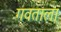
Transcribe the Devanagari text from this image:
गवताला